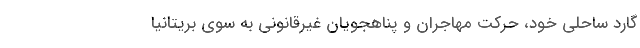
گارد ساحلی خود، حرکت مهاجران و پناهجویان غیرقانونی به سوی بریتانیا